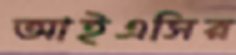
আইএসির